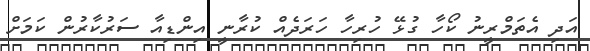
އަދި އެތަމްރީނު ކޯހާ ގުޅޭ ހުރިހާ ހަރަދެއް ކުރާނީ އިންޑިއާ ސަރުކާރުން ކަމަށް